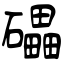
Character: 礧